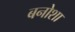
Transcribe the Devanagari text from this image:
बनोशा